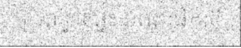
ប្រពន្ធនៅផ្ទះ ខណៈផឹកស៊ី